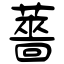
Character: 薔